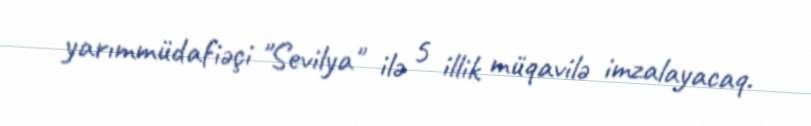
yarımmüdafiəçi "Sevilya" ilə 5 illik müqavilə imzalayacaq.